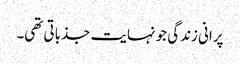
پرانی زندگی جو نہایت جذباتی تھی۔